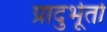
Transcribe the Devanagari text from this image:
प्रादुर्भूतो